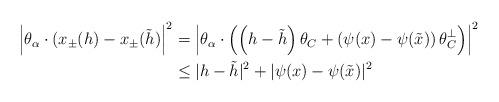
LaTeX: \begin{align*}\left| \theta_{\alpha} \cdot (x_{\pm}(h) - x_{\pm}(\tilde{h}) \right|^{2} & = \left|\theta_{\alpha} \cdot \left( \left(h - \tilde{h} \right) \theta_{C} + \left( \psi(x) - \psi(\tilde{x}) \right) \theta_{C}^{\perp} \right) \right|^{2} \\& \le |h - \tilde{h}|^{2} + |\psi(x) - \psi(\tilde{x})|^{2}\end{align*}